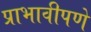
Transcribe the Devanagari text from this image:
प्राभावीपणे